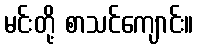
မင်းတို့ စာသင်ကျောင်း။